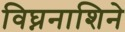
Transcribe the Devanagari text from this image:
विघ्ननाशिने